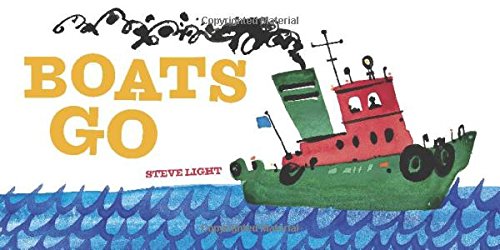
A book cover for Boats Go; Steve Light; Children's Books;